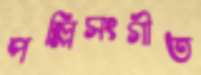
পল্লিসংগীত